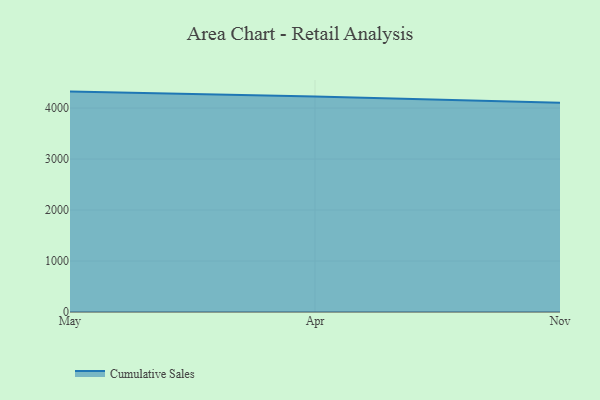
{"axis": {"x": "Month", "y": "Revenue (USD Million)"}, "legend": ["Cumulative Sales"], "data": [{"x": "May", "y": 4322.9, "type": "Cumulative Sales"}, {"x": "Apr", "y": 4225.5, "type": "Cumulative Sales"}, {"x": "Nov", "y": 4103.0, "type": "Cumulative Sales"}]}